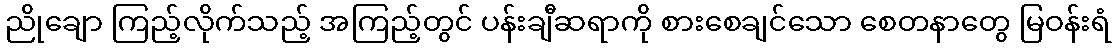
ညိုချော ကြည့်လိုက်သည့် အကြည့်တွင် ပန်းချီဆရာကို စားစေချင်သော စေတနာတွေ မြဝန်းရံ